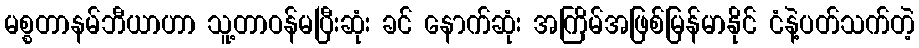
မစ္စတာနမ်ဘီယာဟာ သူ့တာဝန်မပြီးဆုံး ခင် နောက်ဆုံး အကြိမ်အဖြစ်မြန်မာနိုင် ငံနဲ့ပတ်သက်တဲ့